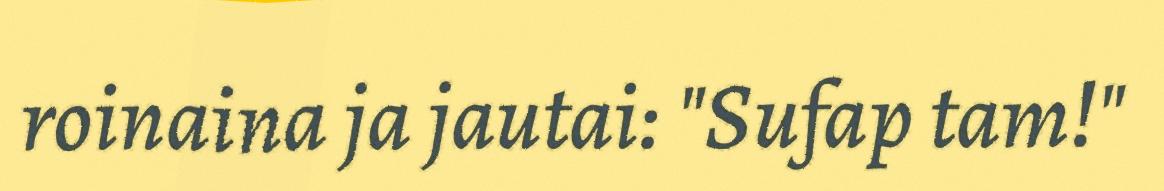
roinaina ja jautai: "Sufap tam!"